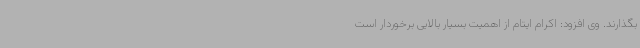
بگذارند. وی افزود: اکرام ایتام از اهمیت بسیار بالایی برخوردار است